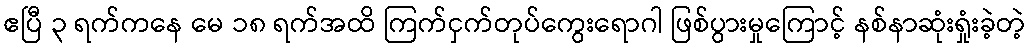
ဧပြီ ၃ ရက်ကနေ မေ ၁၈ ရက်အထိ ကြက်ငှက်တုပ်ကွေးရောဂါ ဖြစ်ပွားမှုကြောင့် နစ်နာဆုံးရှုံးခဲ့တဲ့